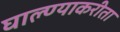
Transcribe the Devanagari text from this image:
घाल्ण्याकरीता